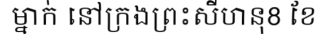
ម្នាក់ នៅក្រងព្រះសីហនុ8 ខែ